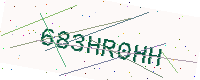
Text: 683HR0HH